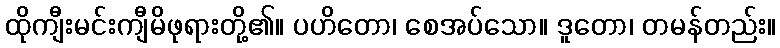
ထိုကျီးမင်းကျီမိဖုရားတို့၏။ ပဟိတော၊ စေအပ်သော။ ဒူတော၊ တမန်တည်း။